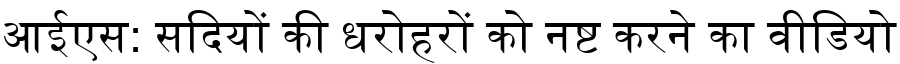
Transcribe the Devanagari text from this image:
आईएस: सदियों की धरोहरों को नष्ट करने का वीडियो